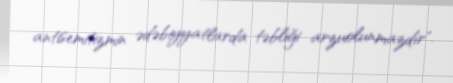
antisemitizmin ədəbiyyatlarda təbliği arzuolunmazdır".